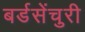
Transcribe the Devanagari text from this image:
बर्डसेंचुरी